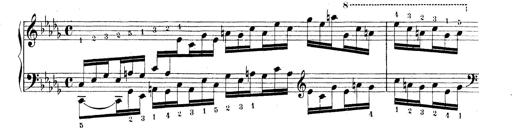
Title: Technische Studien
Composer: Franz Liszt